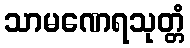
သာမဏေရသုတ္တံ